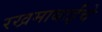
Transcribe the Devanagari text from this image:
रखमाबाईंचे